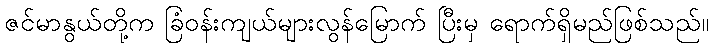
ဇင်မာနွယ်တို့က ခြံဝန်းကျယ်များလွန်မြောက် ပြီးမှ ရောက်ရှိမည်ဖြစ်သည်။